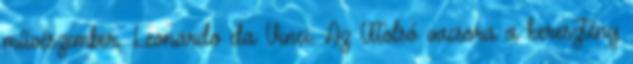
művészem­ber, Leonardo da Vinci. Az Utolsó vacsora a keresztény